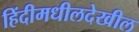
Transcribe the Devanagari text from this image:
हिंदीमधीलदेखील